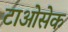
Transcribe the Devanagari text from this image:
टाओसेक